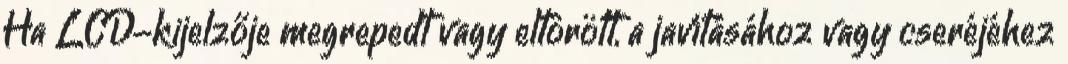
Ha LCD-kijelzője megrepedt vagy eltörött, a javításához vagy cseréjéhez